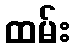
ထမ်း